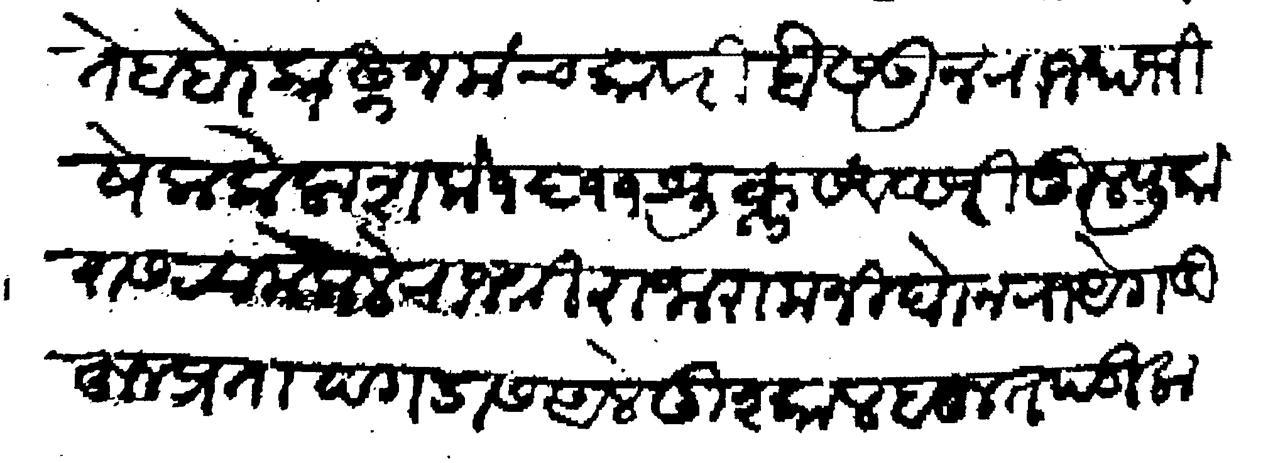
Transliteration (Devanagari): ते बाहेर काढून मंचकावरी बैसऊन राज्याभिषेक केला शके १६११ शुक्ल संवछरी जुलपुकारास रवाना केले राजश्री राजाराम निघोन रायेगडीहून प्रतापगडास आले दुश्काल बहुत पडिला